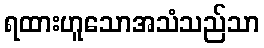
ရထားဟူသောအသံသည်သာ